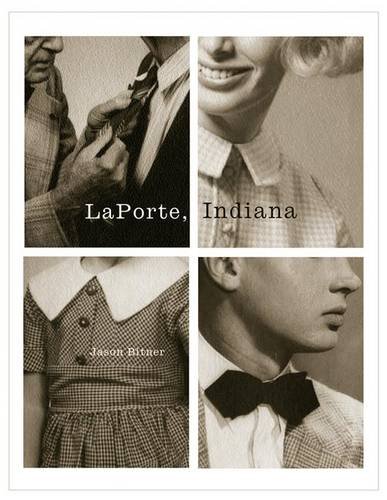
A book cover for LaPorte, Indiana; Jason Bitner; Travel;